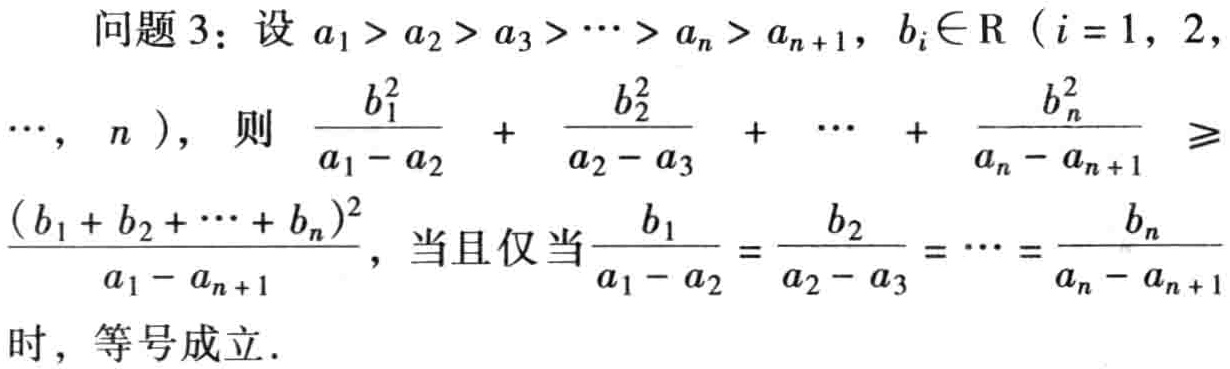
问题 3：设 \(a_1 > a_2 > a_3 > \cdots > a_n > a_{n + 1}\)，\(b_i\in \mathbb{R}\)（\(i = 1,2,\cdots,n\)）， 则 \(\frac{b_1^2}{a_1 - a_2} + \frac{b_2^2}{a_2 - a_3} + \cdots + \frac{b_n^2}{a_n - a_{n + 1}} \geq \frac{(b_1 + b_2 + \cdots + b_n)^2}{a_1 - a_{n + 1}}\)，当且仅当\(\frac{b_1}{a_1 - a_2} = \frac{b_2}{a_2 - a_3} = \cdots = \frac{b_n}{a_n - a_{n + 1}}\) 时，等号成立．